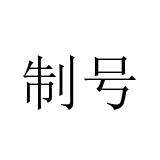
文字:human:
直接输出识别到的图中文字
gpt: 制号